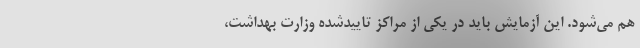
هم می‌شود. این آزمایش باید در یکی از مراکز تاییدشده وزارت بهداشت،